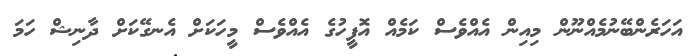
އަހަރެންބޭނުމެއްނޫން މިއިން އެއްވެސް ކަމެއް އޮފީހުގެ އެއްވެސް މީހަކަށް އެނގޭކަށް ދާނިޝް ހަމަ